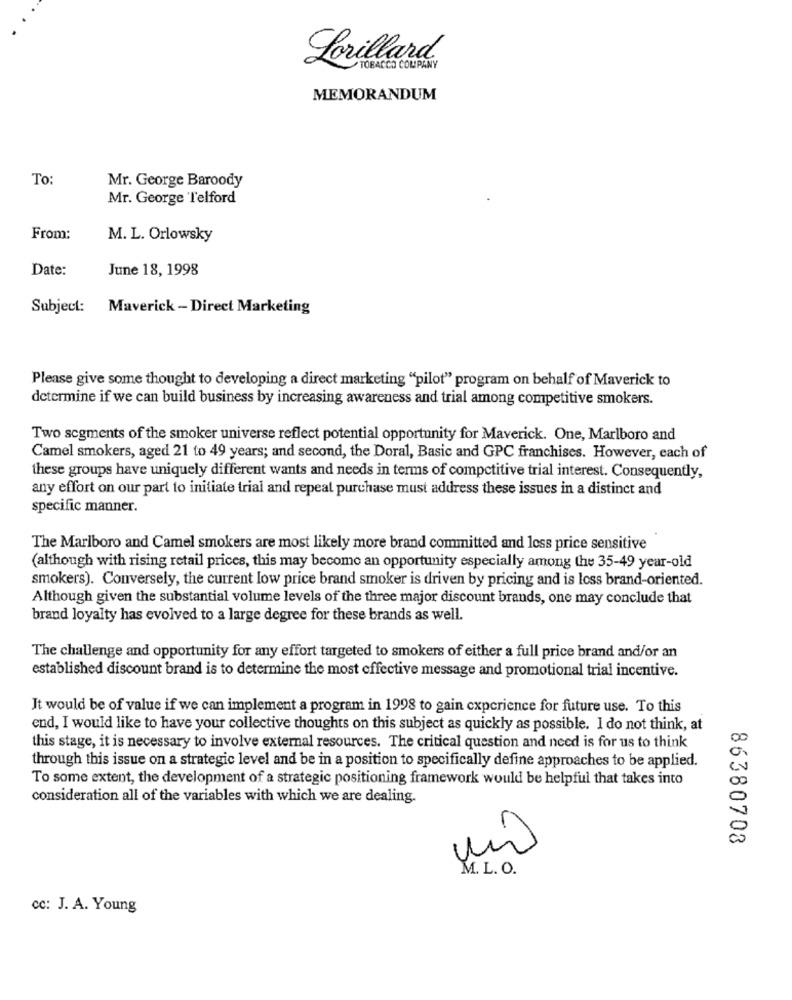
Lorillard
TOBACCO COMPANY
MEMORANDUM
To:
Mr. George Baroody
Mr. George Telford
From:
M. L. Orlowsky
Date:
June 18, 1998
Subject: Maverick - Direct Marketing
Please give some thought to developing a direct marketing "pilot" program on behalf of Maverick to
determine if we can build business by increasing awareness and trial among competitive smokers.
Two segments of the smoker universe reflect potential opportunity for Maverick. One, Marlboro and
Camel smokers, aged 21 to 49 years; and second, the Doral, Basic and GPC franchises. However, each of
these groups have uniquely different wants and needs in terms of competitive trial interest. Consequently,
any effort on our part to initiate trial and repeat purchase must address these issues in a distinct and
specific manner.
The Marlboro and Camel smokers are most likely more brand committed and less price sensitive
(although with rising retail prices, this may become an opportunity especially among the 35-49 year-old
smokers). Conversely, the current low price brand smoker is driven by pricing and is loss brand-oriented.
Although given the substantial volume levels of the three major discount brands, one may conclude that
brand loyalty has evolved to a large degree for these brands as well.
The challenge and opportunity for any effort targeted to smokers of either a full price brand and/or an
established discount brand is to determine the most effective message and promotional trial incentive.
It would be of value if we can implement a program in 1998 to gain experience for future use. To this
end, I would like to have your collective thoughts on this subject as quickly as possible. I do not think, at
this stage, it is necessary to involve external resources. The critical question and need is for us to think
through this issue on a strategic level and be in a position to specifically define approaches to be applied.
To some extent, the development of a strategic positioning framework would be helpful that takes into
consideration all of the variables with which we are dealing.
86380708
M. L. O.
cc: J. A. Young